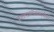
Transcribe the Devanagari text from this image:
जालपत्रलेखकांपैकी